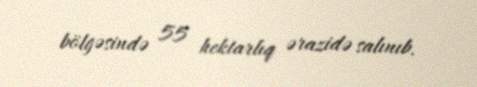
bölgəsində 55 hektarlıq ərazidə salınıb.